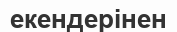
екендерінен